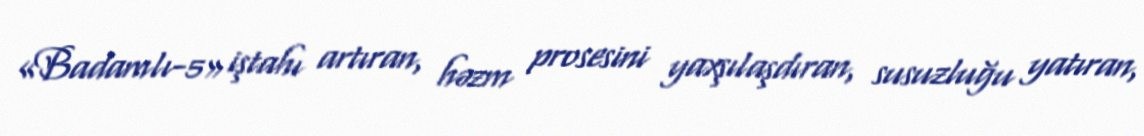
«Badamlı-5» iştahı artıran, həzm prosesini yaxşılaşdıran, susuzluğu yatıran,